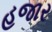
હજાર